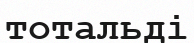
тотальді